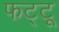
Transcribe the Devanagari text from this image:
फट्टू